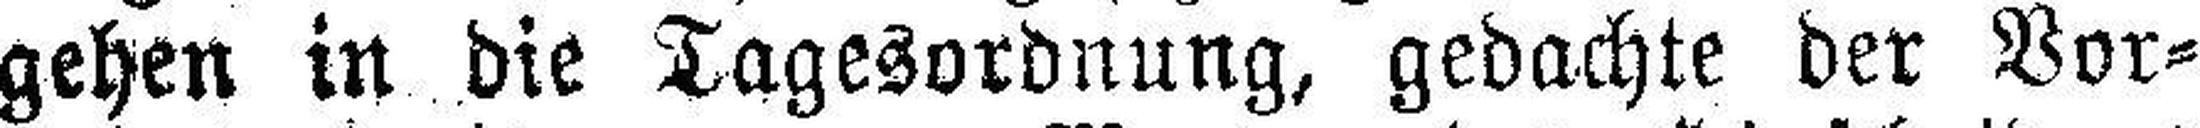
gehen in die Tagesordnung, gedachte der Vor¬